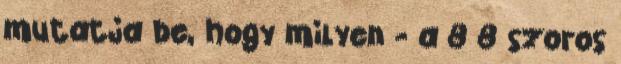
mutatja be, hogy milyen - a 8 8 szoros